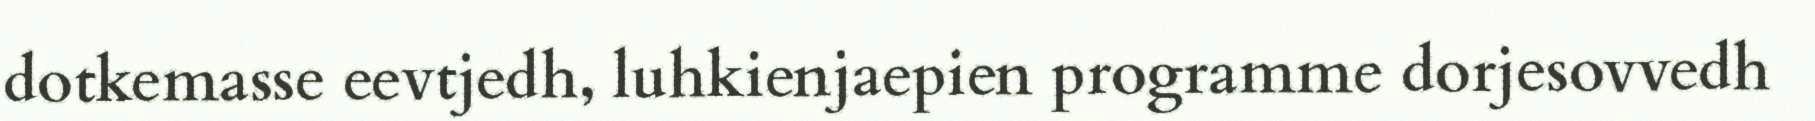
dotkemasse eevtjedh, luhkienjaepien programme dorjesovvedh